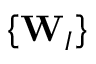
\left\{ \mathbf { W } _ { I } \right\}